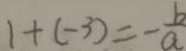
1 + ( - 3 ) = - \frac { b } { a }